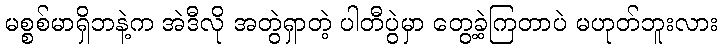
မစ္စစ်မာရှိဘနဲ့က အဲဒီလို အတွဲရှာတဲ့ ပါတီပွဲမှာ တွေ့ခဲ့ကြတာပဲ မဟုတ်ဘူးလား